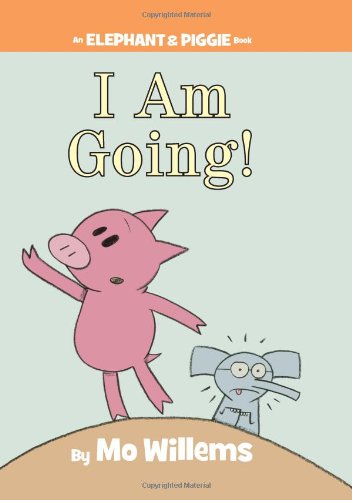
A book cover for I Am Going! (An Elephant and Piggie Book); Mo Willems; Children's Books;